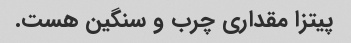
پیتزا مقداری چرب و سنگین هست.